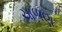
ચાળણ